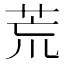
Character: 荒